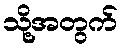
သို့အတွက်